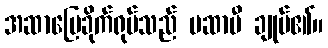
အဆာပြေခိုက်ရုပ်သည် မဆာမီ ချုပ်၏။